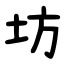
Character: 坊